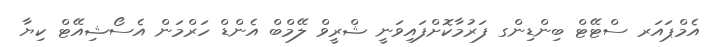
އެމްޕައަރ ސްޓޭޓް ބިންޑިންގ ފަރުމާކޮށްފައިވަނީ ޝްރީވް ލޭމްބް އެންޑް ހަރްމަން އެސޯޝިއޭޓް ކިޔާ